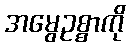
အမွေဥစ္စာကို